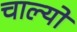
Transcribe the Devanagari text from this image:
चाल्यो